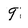
Character: 9